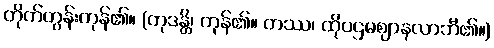
တိုက်တွန်းကုန်၏။ (တုဒန္တိ၊ ကုန်၏။ တဿ၊ ထိုပဌမဈာနလာဘီ၏။)